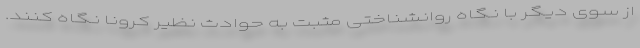
از سوی دیگر با نگاه روانشناختی مثبت به حوادث نظیر کرونا نگاه کنند.